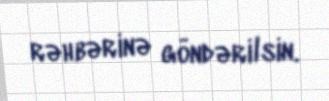
rəhbərinə göndərilsin.